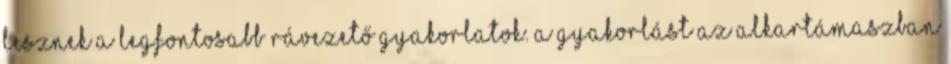
lesznek a legfontosabb rávezető gyakorlatok. A gyakorlást az alkartámaszban